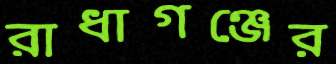
রাধাগঞ্জের